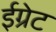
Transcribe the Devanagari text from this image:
ईग्रेट